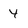
Character: 4